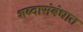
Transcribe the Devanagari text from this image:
शब्दासंबंधात